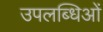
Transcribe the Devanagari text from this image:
उपलब्धिओं